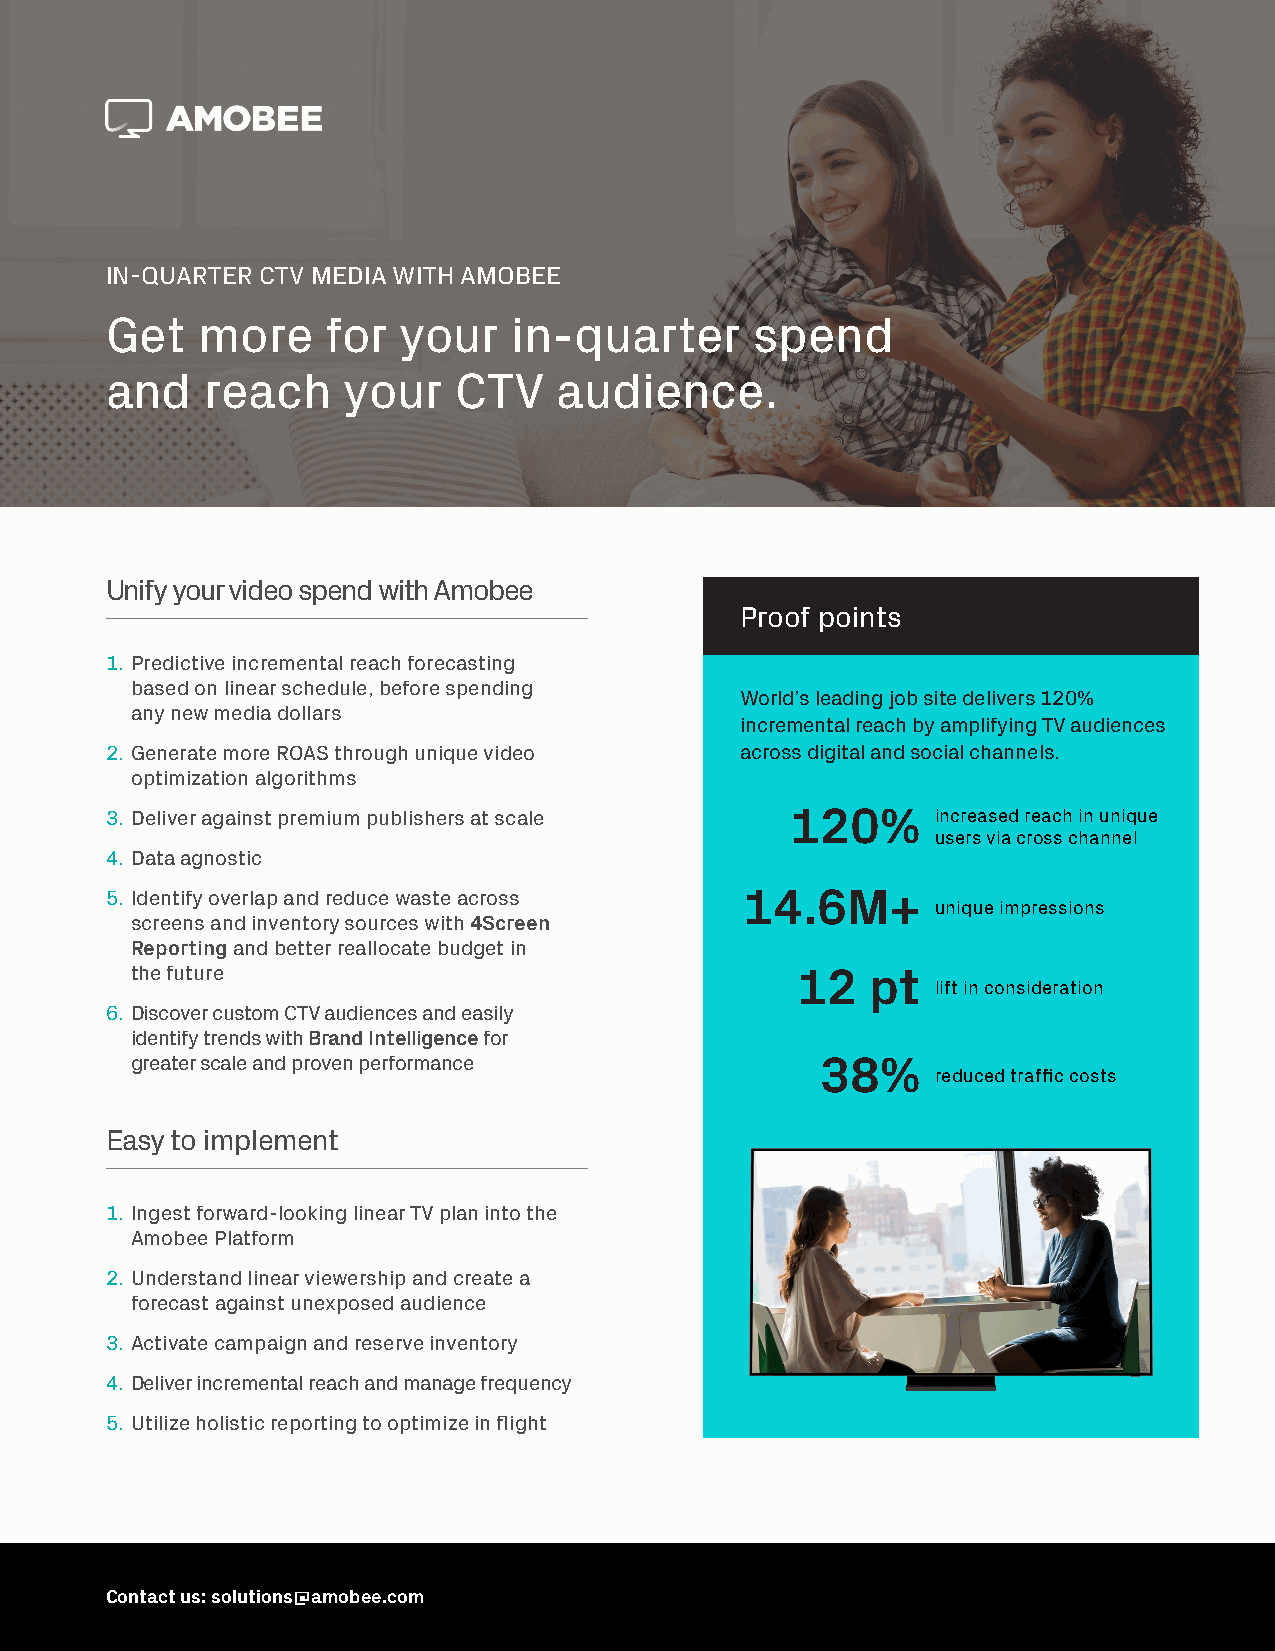
IN-QUARTER CTV MEDIA WITH AMOBEE
 Get   more     for your    in-quarter      spend
 and    reach    your   CTV    audience.
 Unify your video spend with Amobee
 Proof points
 1. Predictive incremental reach forecasting
 based on linear schedule, before spending
 World’s leading job site delivers 120%
 any new media dollars
 incremental reach by amplifying TV audiences
 2. Generate more ROAS through unique video across digital and social channels.
 optimization algorithms
 3. Deliver against premium publishers at scale 120%    increased reach in unique
 users via cross channel
 4. Data agnostic
 5. Identify overlap and reduce waste across 14.6M+
 unique impressions
 screens and inventory sources with 4Screen
 Reporting and better reallocate budget in
 the future                                  12   pt
 lift in consideration
 6. Discover custom CTV audiences and easily
 identify trends with Brand Intelligence for
 greater scale and proven performance         38%
 reduced traffic costs
 Easy to implement
 1. Ingest forward-looking linear TV plan into the
 Amobee Platform
 2. Understand linear viewership and create a
 forecast against unexposed audience
 3. Activate campaign and reserve inventory
 4. Deliver incremental reach and manage frequency
 5. Utilize holistic reporting to optimize in flight
 Contact us: solutions@amobee.com